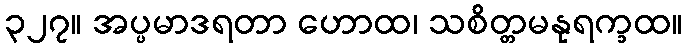
၃၂၇။ အပ္ပမာဒရတာ ဟောထ၊ သစိတ္တမနုရက္ခထ။